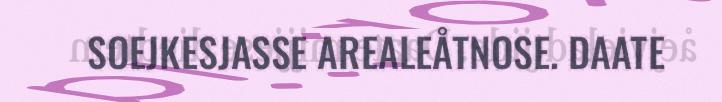
SOEJKESJASSE AREALEÅTNOSE. DAATE